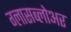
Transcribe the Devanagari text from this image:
ग्लासब्लोअर